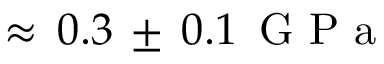
\approx \, 0 . 3 \, \pm \, 0 . 1 \, \mathrm { ~ G ~ P ~ a ~ }